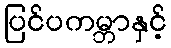
ပြင်ပကမ္ဘာနှင့်